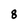
Character: 8